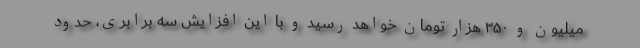
میلیون و ۳۵۰ هزار تومان خواهد رسید و با این افزایش سه برابری، حدود